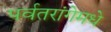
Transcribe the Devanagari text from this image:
पर्वतरांगेमधे